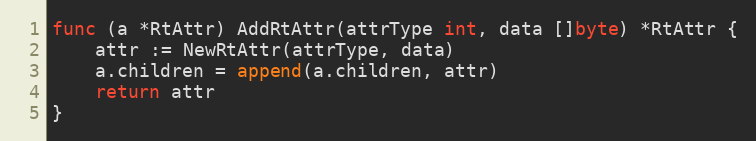
Language: Go
func (a *RtAttr) AddRtAttr(attrType int, data []byte) *RtAttr {
	attr := NewRtAttr(attrType, data)
	a.children = append(a.children, attr)
	return attr
}